Civil Veterinary Department. United Provinces 1923-31 - 1923-1931
Year: 1923
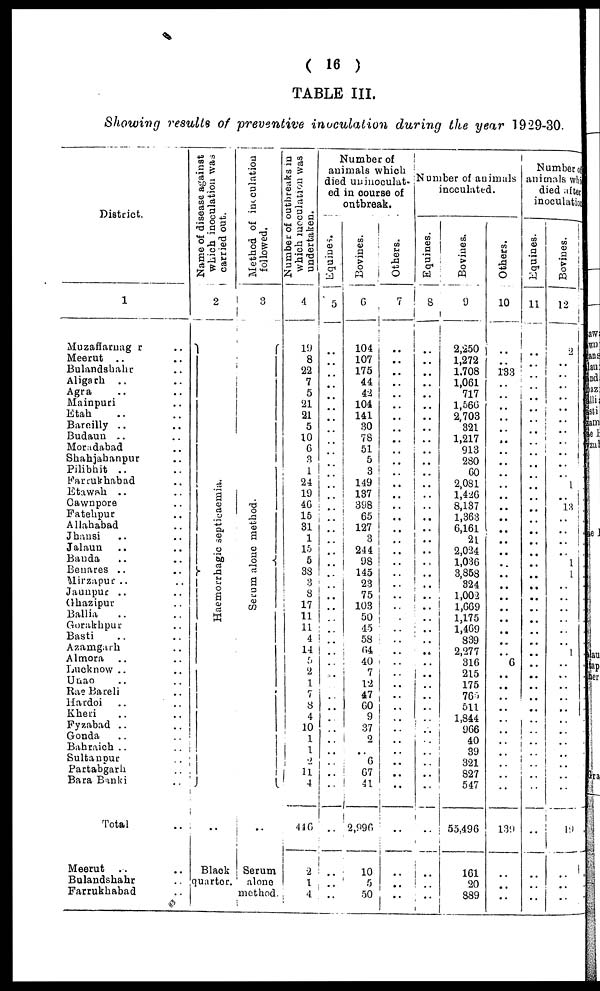
(16)
TABLE III.
Showing results of preventive inoculation during the year 1929-30.
District.
1
Muzaffarnag r ..
Meerut .. ..
Bulandsbahr .. ..
Aligach
.. ..
Agra .. ..
Mainpuri ..
Etah .. ..
Bareilly .. ..
Budaun .. ..
Momdabad .. ..
Shahjahanpur .. ..
Pilibhit .. ..
Farrukhabad ..
Etawah .. ..
Cawnpore ..
Fatehpur ..
Allahabad ..
Jhansi .. ..
Jalaun .. ..
Banda .. ..
Benares .. ..
Mirzapur .. ..
Jaunpur .. ..
Ghazipur ..
Ballia .. ..
Gorakhpur ..
Basti .. ..
Azamgarh .. ..
Almora .. ..
Lucknow .. ..
Unao .. ..
Rae Bareli .. ..
Hardoi
..
..
Kheri .. ..
Fyzabad .. ..
Gonda .. ..
Bahraich .. ..
Sultan pur ..
Partabgarh ..
Bara Banki ..
Total ..
Meerut .. ..
Bulandshahr ..
Farrukhabad ..
Name of disease against
which inoculation was
carried out.
2
Haemorrhagic septicaemia.
..
Black
quarter.
Method of inoculation
followed.
3
Serum alone method.
..
Serum
alone
method
Number of outbreaks in
which inoculation was
undertaken.
4
19
8
22
7
5
21
21
5
10
6
3
1
24
19
46
15
31
1
15
5
33
2
8
17
11
11
4
14
5
2
1
7
3
4
10
1
1
1
11 4
44 6
2
1
4
Number of
animals which
died uninoculat-
ed in course of
outbreak.
Equines.
5
..
..
..
..
..
..
..
..
..
..
..
..
..
..
..
..
..
..
..
..
..
..
..
..
..
..
..
....
..
..
..
..
..
..
..
..
..
..
....
..
....
..
..
....
Bovines.
6
104
107
175
44
42
104
141
30
78
51
5
3
149
137
398
65
127
3
244
98
145
23
75
103
50
45
58
64
40
7
12
47
60
9
37
2
..
6
67
41
2,996
10
5
50
Others.
7
..
..
..
..
..
..
..
..
..
..
..
..
..
..
..
..
..
..
..
..
..
..
..
..
..
..
..
..
..
..
..
..
..
..
..
..
..
..
..
..
..
..
..
..
Number of animals
inoculated.
Equines.
8
..
..
..
..
..
..
..
..
..
..
..
..
..
..
..
..
..
..
..
..
..
..
..
..
..
..
..
..
..
....
..
..
..
..
..
..
..
..
..
..
..
..
..
....
Bovines.
9
2,250
1,272
1.708
1,061
717
1,566
2,703
321
1,217
913
280
60
2,081
1,426
8,137
1,363
6,161
21
2,024
1,036
3,858
324
1,002
1,669
1,175
1,469
839
2,277
316
215
175
765
511
1,844
966
40
39
321
827
547
55,496
161
20
889
Others.
10
..
..
133
..
..
..
..
..
..
..
..
..
..
..
..
..
..
..
..
..
..
..
..
..
..
..
..
..
6
..
..
..
..
..
..
..
..
..
..
..
139
..
..
..
Number of
animals whi
died after
inoculation
Equines.
11
..
..
..
..
..
..
..
..
..
..
..
..
..
..
..
..
..
..
..
..
..
..
..
..
..
..
..
..
..
..
..
..
..
..
..
..
..
..
..
..
..
..
..
..
Bovines.
12
2
..
..
..
..
..
..
..
..
....
..
..
1
..
13
..
..
..
..
1
1
..
..
..
..
..
..
1
..
..
..
..
..
..
..
..
..
..
..
..
19
..
..
..